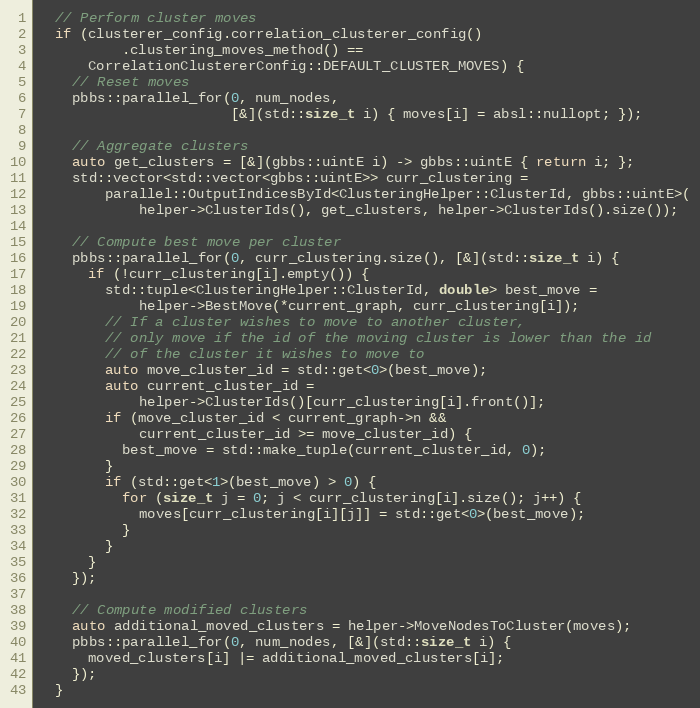
Language: C++
  // Perform cluster moves
  if (clusterer_config.correlation_clusterer_config()
          .clustering_moves_method() ==
      CorrelationClustererConfig::DEFAULT_CLUSTER_MOVES) {
    // Reset moves
    pbbs::parallel_for(0, num_nodes,
                       [&](std::size_t i) { moves[i] = absl::nullopt; });

    // Aggregate clusters
    auto get_clusters = [&](gbbs::uintE i) -> gbbs::uintE { return i; };
    std::vector<std::vector<gbbs::uintE>> curr_clustering =
        parallel::OutputIndicesById<ClusteringHelper::ClusterId, gbbs::uintE>(
            helper->ClusterIds(), get_clusters, helper->ClusterIds().size());

    // Compute best move per cluster
    pbbs::parallel_for(0, curr_clustering.size(), [&](std::size_t i) {
      if (!curr_clustering[i].empty()) {
        std::tuple<ClusteringHelper::ClusterId, double> best_move =
            helper->BestMove(*current_graph, curr_clustering[i]);
        // If a cluster wishes to move to another cluster,
        // only move if the id of the moving cluster is lower than the id
        // of the cluster it wishes to move to
        auto move_cluster_id = std::get<0>(best_move);
        auto current_cluster_id =
            helper->ClusterIds()[curr_clustering[i].front()];
        if (move_cluster_id < current_graph->n &&
            current_cluster_id >= move_cluster_id) {
          best_move = std::make_tuple(current_cluster_id, 0);
        }
        if (std::get<1>(best_move) > 0) {
          for (size_t j = 0; j < curr_clustering[i].size(); j++) {
            moves[curr_clustering[i][j]] = std::get<0>(best_move);
          }
        }
      }
    });

    // Compute modified clusters
    auto additional_moved_clusters = helper->MoveNodesToCluster(moves);
    pbbs::parallel_for(0, num_nodes, [&](std::size_t i) {
      moved_clusters[i] |= additional_moved_clusters[i];
    });
  }